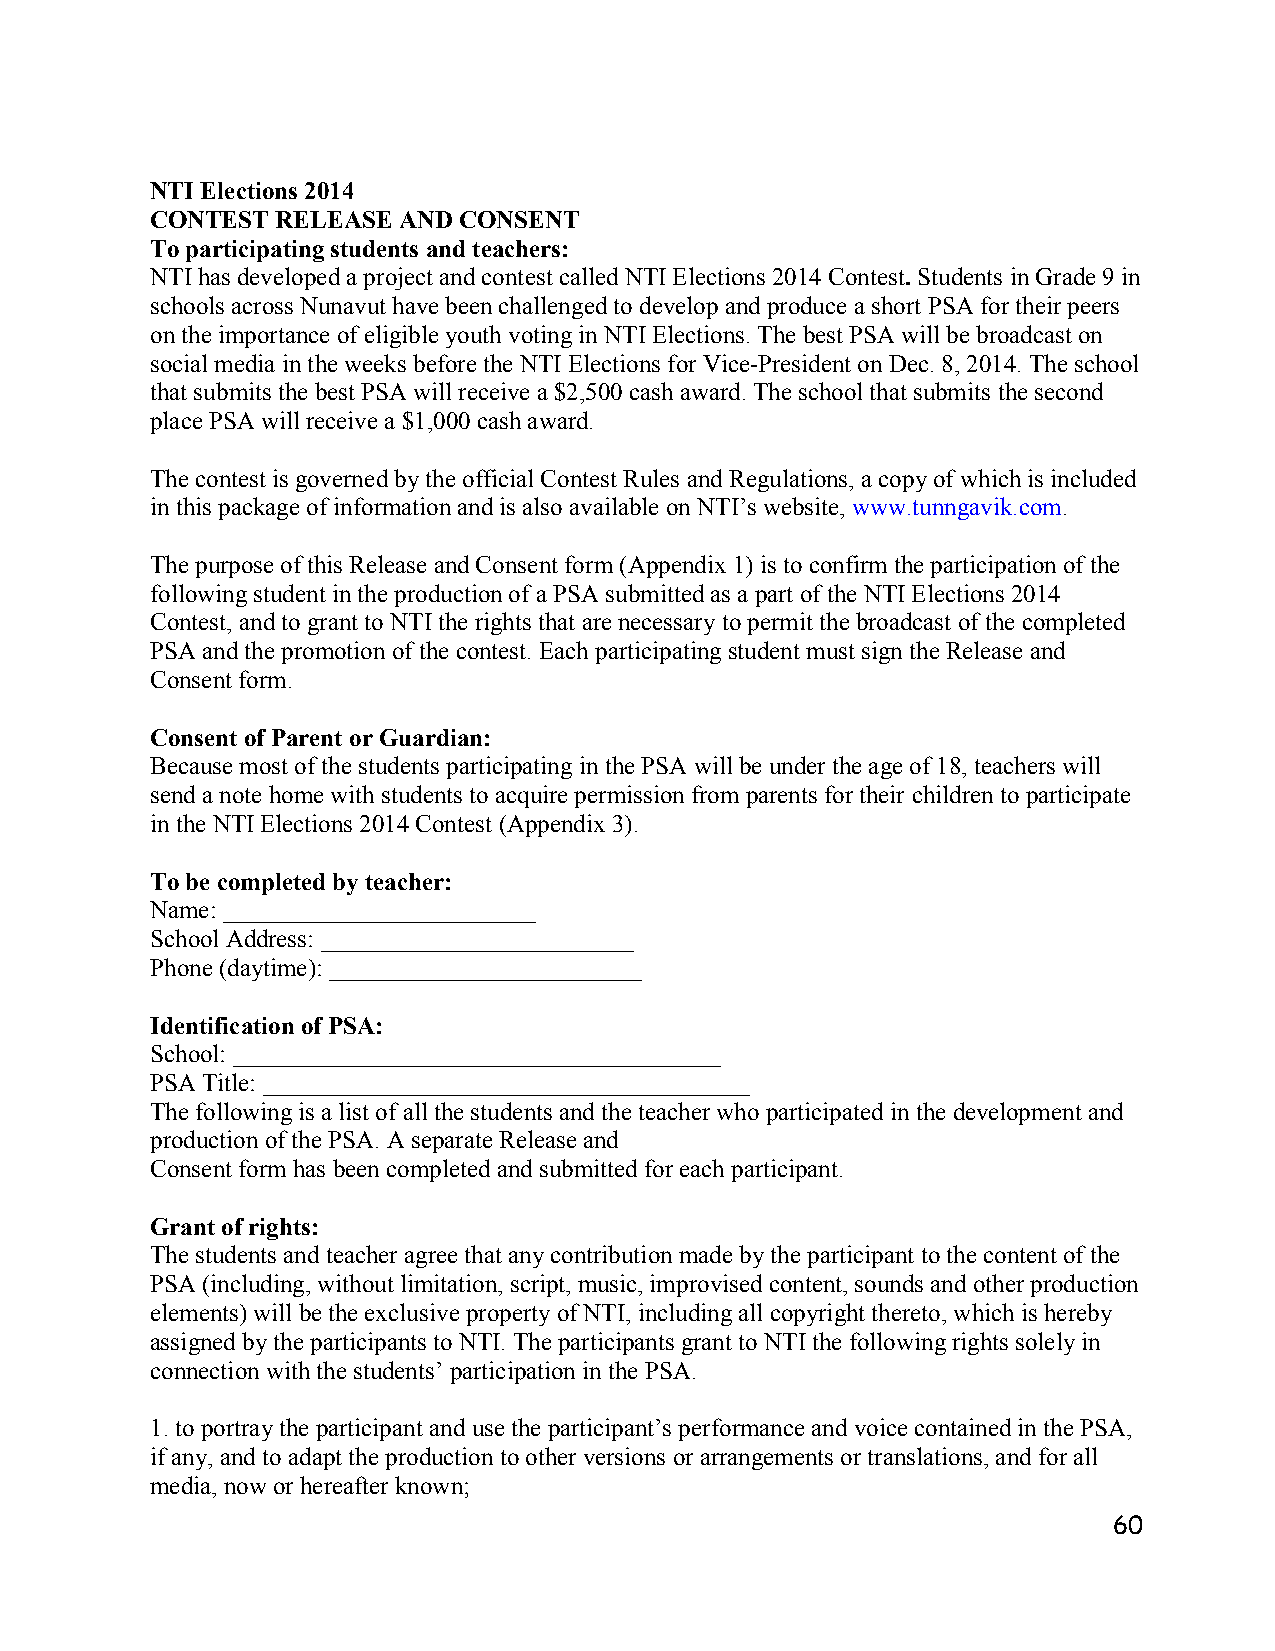
NTI Elections 2014
 CONTEST RELEASE AND CONSENT
 To participating students and teachers:
 NTI has developed a project and contest called NTI Elections 2014 Contest. Students in Grade 9 in
 schools across Nunavut have been challenged to develop and produce a short PSA for their peers
 on the importance of eligible youth voting in NTI Elections. The best PSA will be broadcast on
 social media in the weeks before the NTI Elections for Vice-President on Dec. 8, 2014. The school
 that submits the best PSA will receive a $2,500 cash award. The school that submits the second
 place PSA will receive a $1,000 cash award.
 The contest is governed by the official Contest Rules and Regulations, a copy of which is included
 in this package of information and is also available on NTI’s website, www.tunngavik.com.
 The purpose of this Release and Consent form (Appendix 1) is to confirm the participation of the
 following student in the production of a PSA submitted as a part of the NTI Elections 2014
 Contest, and to grant to NTI the rights that are necessary to permit the broadcast of the completed
 PSA and the promotion of the contest. Each participating student must sign the Release and
 Consent form.
 Consent of Parent or Guardian:
 Because most of the students participating in the PSA will be under the age of 18, teachers will
 send a note home with students to acquire permission from parents for their children to participate
 in the NTI Elections 2014 Contest (Appendix 3).
 To be completed by teacher:
 Name: _________________________
 School Address: _________________________
 Phone (daytime): _________________________
 Identification of PSA:
 School: _______________________________________
 PSA Title: _______________________________________
 The following is a list of all the students and the teacher who participated in the development and
 production of the PSA. A separate Release and
 Consent form has been completed and submitted for each participant.
 Grant of rights:
 The students and teacher agree that any contribution made by the participant to the content of the
 PSA (including, without limitation, script, music, improvised content, sounds and other production
 elements) will be the exclusive property of NTI, including all copyright thereto, which is hereby
 assigned by the participants to NTI. The participants grant to NTI the following rights solely in
 connection with the students’ participation in the PSA.
 1. to portray the participant and use the participant’s performance and voice contained in the PSA,
 if any, and to adapt the production to other versions or arrangements or translations, and for all
 media, now or hereafter known;
 60